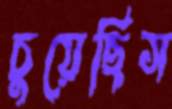
চুয়েছিস